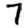
Digit: 7